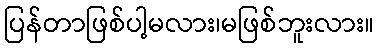
ပြန်တာဖြစ်ပါ့မလား၊မဖြစ်ဘူးလား။